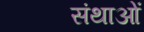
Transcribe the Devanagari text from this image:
संथाओं